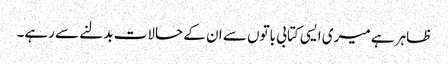
ظاہر ہے میری ایسی کتابی باتوں سے ان کے حالات بدلنے سے رہے۔